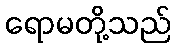
ရောမတို့သည်